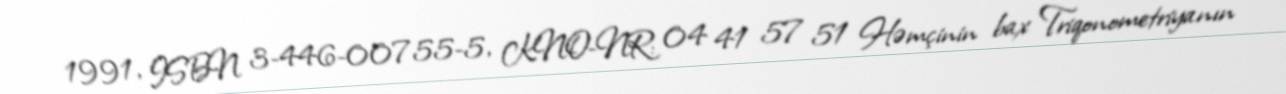
1991, ISBN 3-446-00755-5, KNO-NR: 04 41 57 51 Həmçinin bax Triqonometriyanın